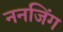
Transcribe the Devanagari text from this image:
ननजिंग